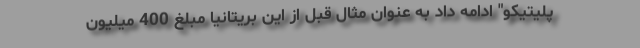
پلیتیکو" ادامه داد به عنوان مثال قبل از این بریتانیا مبلغ 400 میلیون